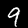
Digit: 9